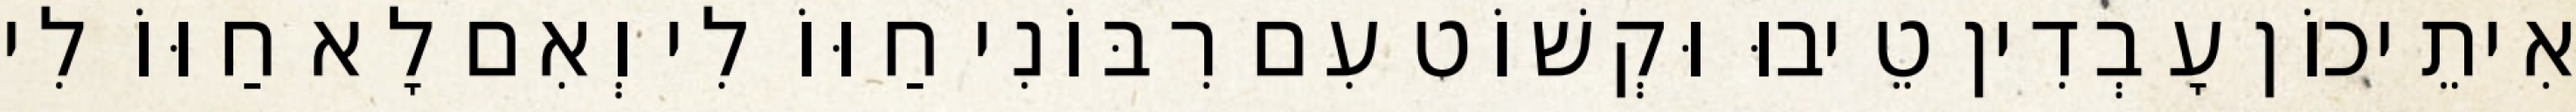
אִיתֵיכוֹן עָבְדִין טֵיבוּ וּקְשׁוֹט עִם רִבּוֹנִי חַוּוֹ לִי וְאִם לָא חַוּוֹ לִי